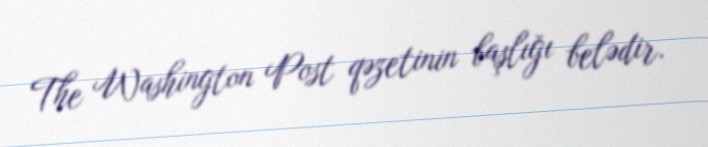
The Washington Post qəzetinin başlığı belədir.